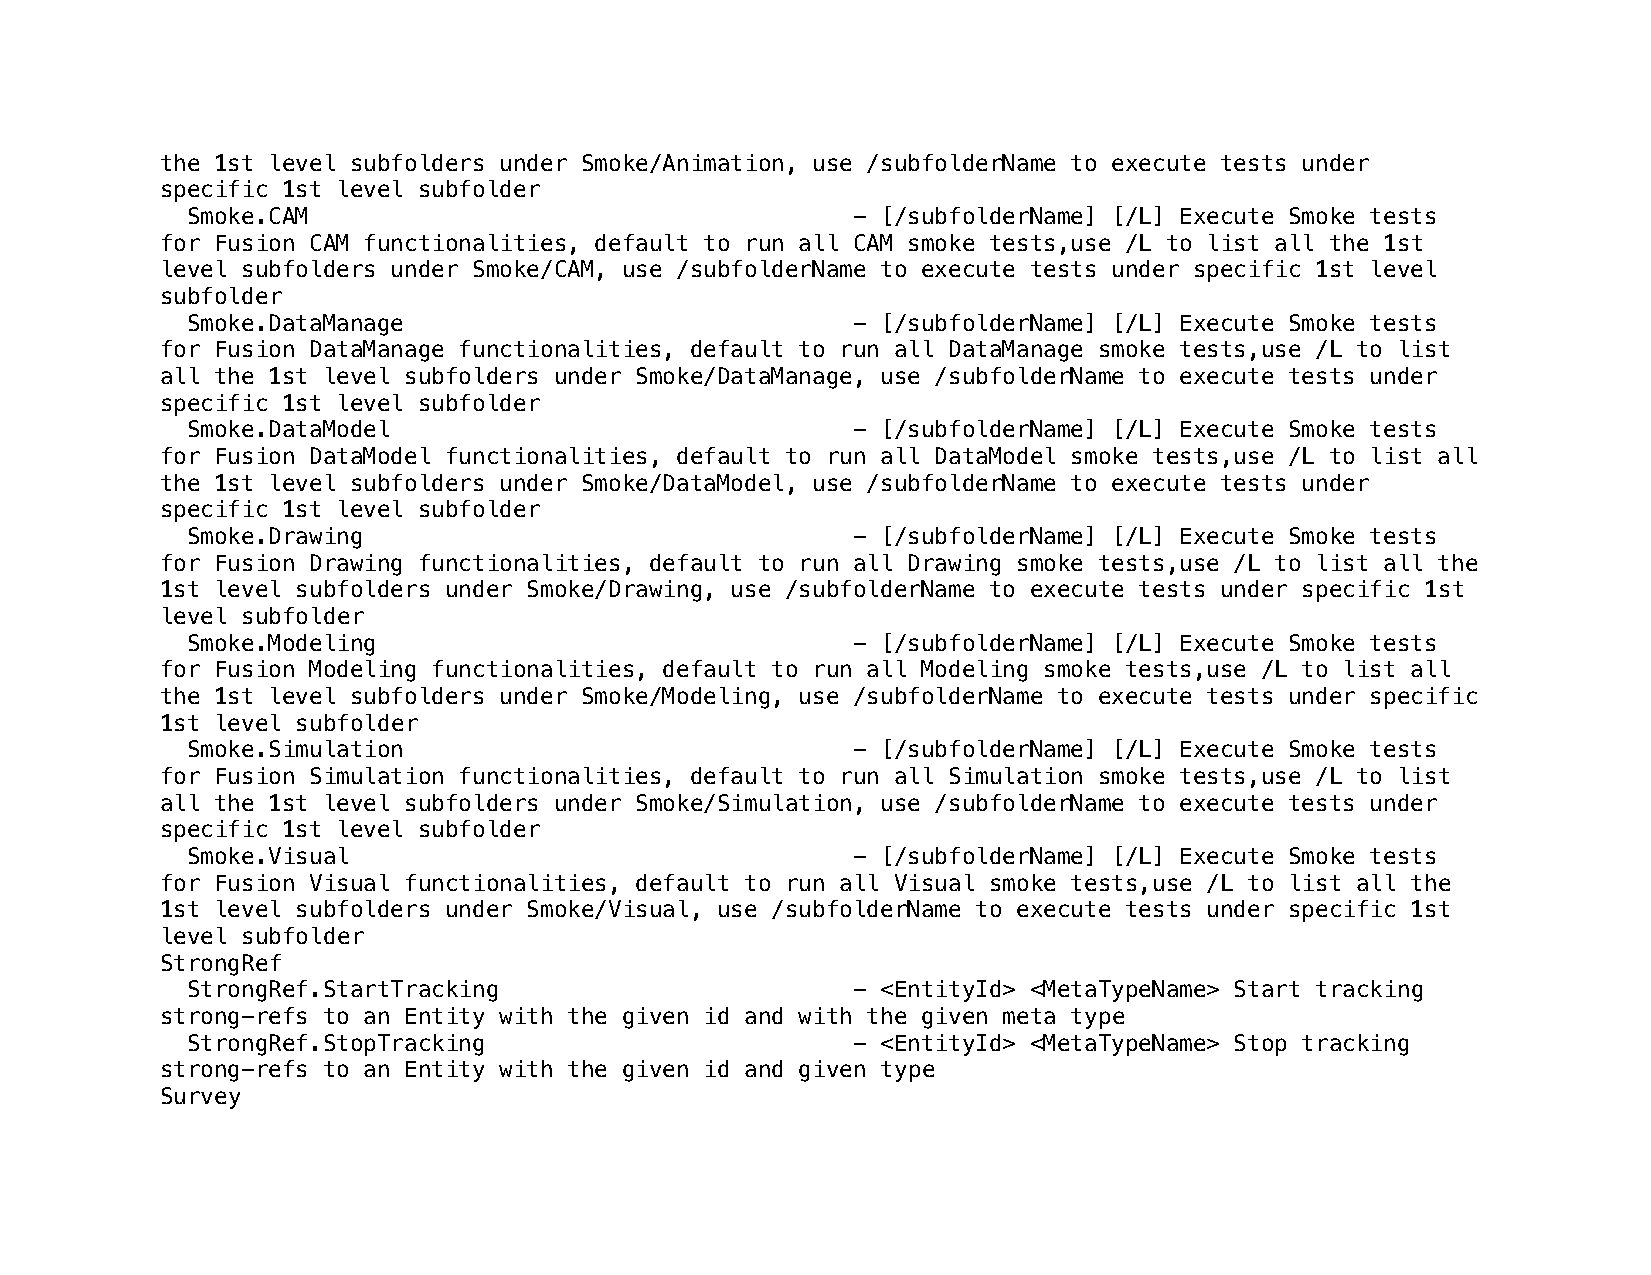
the 1st level subfolders under Smoke/Animation, use /subfolderName to execute tests under
 specific 1st level subfolder
 Smoke.CAM                                   - [/subfolderName] [/L] Execute Smoke tests
 for Fusion CAM functionalities, default to run all CAM smoke tests,use /L to list all the 1st
 level subfolders under Smoke/CAM, use /subfolderName to execute tests under specific 1st level
 subfolder
 Smoke.DataManage                            - [/subfolderName] [/L] Execute Smoke tests
 for Fusion DataManage functionalities, default to run all DataManage smoke tests,use /L to list
 all the 1st level subfolders under Smoke/DataManage, use /subfolderName to execute tests under
 specific 1st level subfolder
 Smoke.DataModel                             - [/subfolderName] [/L] Execute Smoke tests
 for Fusion DataModel functionalities, default to run all DataModel smoke tests,use /L to list all
 the 1st level subfolders under Smoke/DataModel, use /subfolderName to execute tests under
 specific 1st level subfolder
 Smoke.Drawing                               - [/subfolderName] [/L] Execute Smoke tests
 for Fusion Drawing functionalities, default to run all Drawing smoke tests,use /L to list all the
 1st level subfolders under Smoke/Drawing, use /subfolderName to execute tests under specific 1st
 level subfolder
 Smoke.Modeling                              - [/subfolderName] [/L] Execute Smoke tests
 for Fusion Modeling functionalities, default to run all Modeling smoke tests,use /L to list all
 the 1st level subfolders under Smoke/Modeling, use /subfolderName to execute tests under specific
 1st level subfolder
 Smoke.Simulation                            - [/subfolderName] [/L] Execute Smoke tests
 for Fusion Simulation functionalities, default to run all Simulation smoke tests,use /L to list
 all the 1st level subfolders under Smoke/Simulation, use /subfolderName to execute tests under
 specific 1st level subfolder
 Smoke.Visual                                - [/subfolderName] [/L] Execute Smoke tests
 for Fusion Visual functionalities, default to run all Visual smoke tests,use /L to list all the
 1st level subfolders under Smoke/Visual, use /subfolderName to execute tests under specific 1st
 level subfolder
 StrongRef
 StrongRef.StartTracking                     - <EntityId> <MetaTypeName> Start tracking
 strong-refs to an Entity with the given id and with the given meta type
 StrongRef.StopTracking                      - <EntityId> <MetaTypeName> Stop tracking
 strong-refs to an Entity with the given id and given type
 Survey